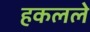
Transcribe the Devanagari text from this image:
हकलले